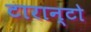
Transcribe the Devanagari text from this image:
टारान्टो